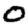
Digit: 0